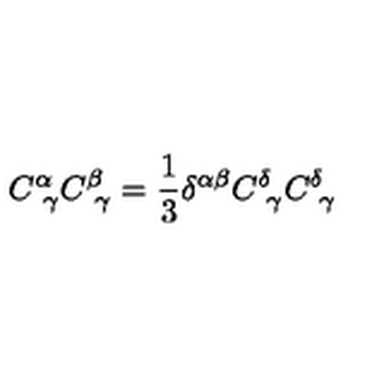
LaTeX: C _ { \ \gamma } ^ { \alpha } C _ { \ \gamma } ^ { \beta } = \frac 1 3 \delta ^ { \alpha \beta } C _ { \ \gamma } ^ { \delta } C _ { \ \gamma } ^ { \delta }